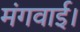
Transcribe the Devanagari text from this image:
मंगवाई।